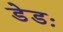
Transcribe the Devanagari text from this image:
डेडः